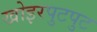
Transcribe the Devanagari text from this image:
खोइरपुटपुट